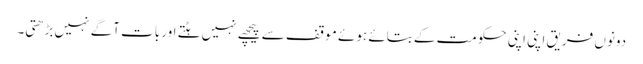
دونوں فریق اپنی اپنی حکومت کے بتائے ہوئے موقف سے پیچھے نہیں ہٹتے اور بات آگے نہیں بڑھتی۔